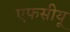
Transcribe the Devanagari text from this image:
एफसीयू